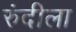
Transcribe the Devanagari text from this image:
रुंदीला